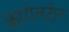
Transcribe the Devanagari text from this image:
कारोलटोन